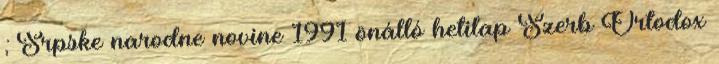
; Srpske narodne novine 1991 önálló hetilap Szerb Ortodox